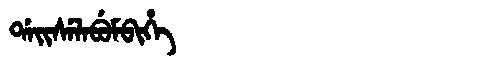
Manchu: ᡩᠠᡳᠰᡝᠯᠠᠪᡠᠮᠪᡳᡥᡝ
Romanization: DAISELABUMBIHE